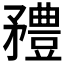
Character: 𥎓